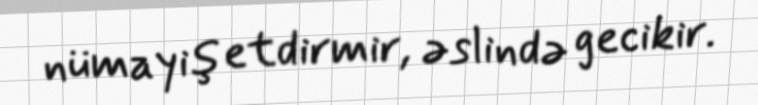
nümayiş etdirmir, əslində gecikir.